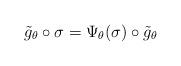
LaTeX: \begin{align*} \tilde{g}_\theta\circ\sigma=\Psi_\theta(\sigma)\circ\tilde{g}_\theta \end{align*}